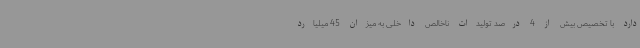
دارد با تخصیص بیش از 4 درصد تولیدات ناخالص داخلی به میزان 45 میلیارد